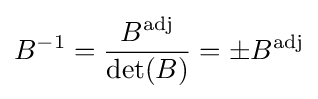
B^{-1}={\frac {B^{\mathrm {adj} }}{\det(B)}}=\pm B^{\mathrm {adj} }